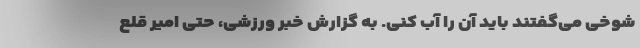
شوخی می‌گفتند باید آن را آب کنی. به گزارش خبر ورزشی، حتی امیر قلع